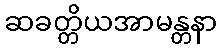
ဆခတ္တိယအာမန္တနာ